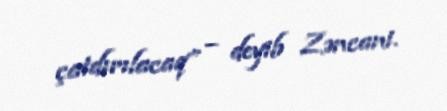
çatdırılacaq” – deyib Zəncani.